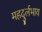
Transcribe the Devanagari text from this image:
महदुर्लभाय